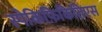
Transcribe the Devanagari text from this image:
स्पेकिफ़िकितिएस